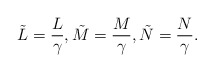
\begin{align*}\tilde{L}=\frac{L}{\gamma},\tilde{M}=\frac{M}{\gamma},\tilde{N}=\frac{N}{\gamma}.\end{align*}